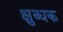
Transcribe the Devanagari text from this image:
क्षुब्धक